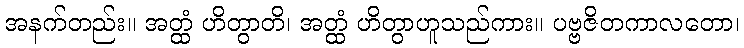
အနက်တည်း။ အတ္ထံ ဟိတွာတိ၊ အတ္ထံ ဟိတွာဟူသည်ကား။ ပဗ္ဗဇိတကာလတော၊